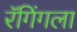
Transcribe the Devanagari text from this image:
रॅगिंगला